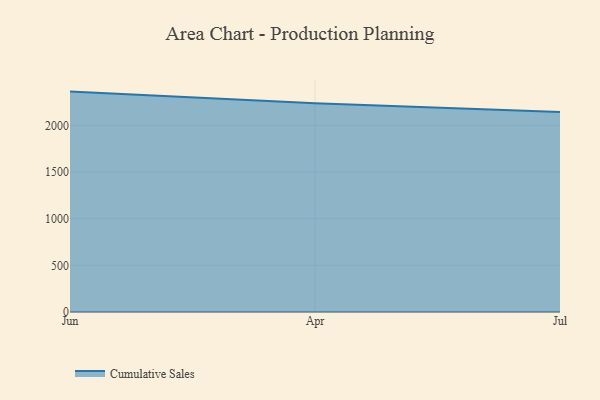
{"axis": {"x": "Month", "y": "Tickets Resolved"}, "legend": ["Cumulative Sales"], "data": [{"x": "Jun", "y": 2362.1, "type": "Cumulative Sales"}, {"x": "Apr", "y": 2236.2, "type": "Cumulative Sales"}, {"x": "Jul", "y": 2144.1, "type": "Cumulative Sales"}]}